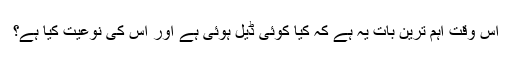
اس وقت اہم ترین بات یہ ہے کہ کیا کوئی ڈیل ہوئی ہے اور اس کی نوعیت کیا ہے؟